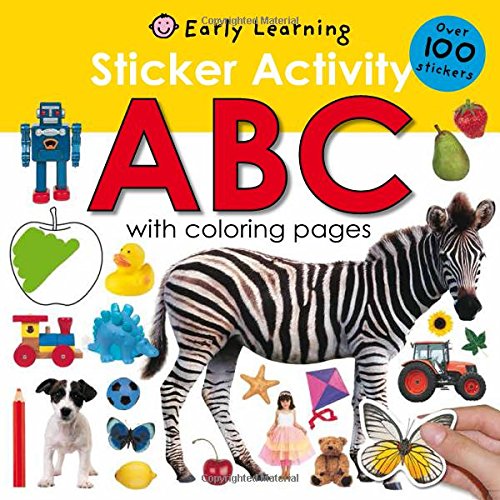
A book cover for Sticker Activity ABC (Sticker Activity Fun); Roger Priddy; Children's Books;